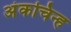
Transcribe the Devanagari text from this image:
अंकचिन्ह